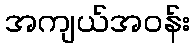
အကျယ်အဝန်း